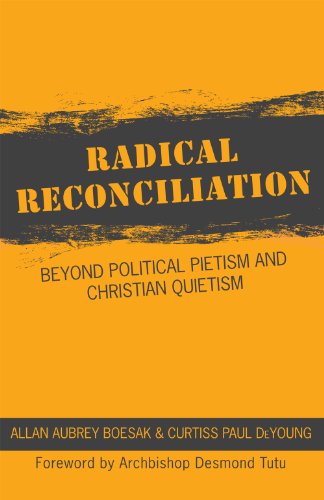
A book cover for Radical Reconciliation: Beyond Political Pietism and Christian Quietism; Allan Boesak; Christian Books & Bibles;